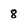
Character: 8